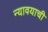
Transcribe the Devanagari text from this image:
न्यावयाची